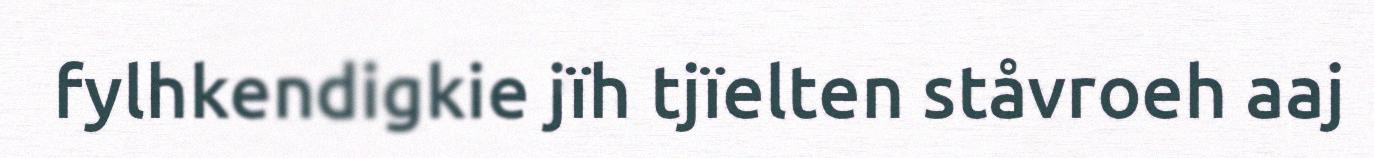
fylhkendigkie jïh tjïelten ståvroeh aaj